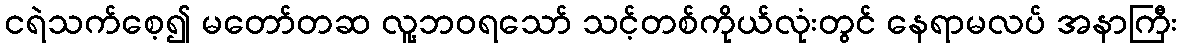
ငရဲသက်စေ့၍ မတော်တဆ လူ့ဘဝရသော် သင့်တစ်ကိုယ်လုံးတွင် နေရာမလပ် အနာကြီး